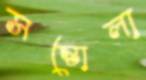
সন্তোলা